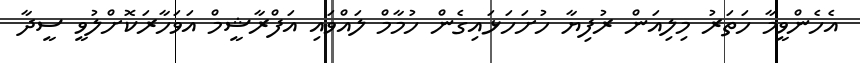
އެހެންވީމާ ހަތަރު މިލިއަން ރުފިޔާ ހުށަހަޅައިގެން ހުމާމް ލައްވައި އަފްރާޝީމް އަވަހާރަކޮށްލުވީ ސީދާ